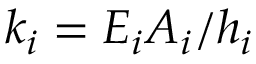
k _ { i } = E _ { i } A _ { i } / h _ { i }